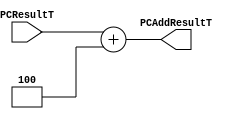
/*
* NAME-1: Yenumula Venkat Kumar 
* Rollno: 191CS263 
* Date of Writing: 26-03-2021 
*/


/* MODULE PC ADDER-
* Design an incrementor that computes the current  PC + 4 
* The result should always be an increment of the signal 'PCResult' by  4 (i.e., PCAddResult = PCResult + 4) */
module PCAdder(PCResultT, PCAddResultT);

    input [63:0]  PCResultT;
    output reg [63:0]  PCAddResultT;

    always @(PCResultT)
    begin
    	PCAddResultT <= PCResultT + 64'h0000000000000004;
    end
endmodule



/* PROGRAM COUNTER
* Design a program counter register that holds the current address of the  instruction memory
* This module should be updated at the positive edge of  the clock
* The contents of a register default to unknown values or 'X' upon  instantiation in your module
* Hence, please add a synchronous 'Reset'  signal to your PC register to enable global reset of your datapath to point 
* to the first instruction in your instruction memory */
module ProgramCounter(PCNextt, PCResultt, Resett, Clkk,PCWritee);
	input [63:0] PCNextt;
	input Resett, Clkk,PCWritee;
	output reg [63:0]  PCResultt;
	initial begin
		PCResultt <= 64'h0000000000000000;
	end
    always @(posedge Clkk)
    begin
    	if (Resett == 1)
    	begin
    		PCResultt <= 64'h0000000000000000;
    	end
    	else
    	begin
			if (PCWritee == 1) begin
				PCResultt <= PCNextt;
			end
    	end
		//$display("PC=%h",PCResult);
    end
endmodule


/* INSTRUCTION MEMORY
* Similar to the DataMemory, this module should also be byte-addressed
* All of the instructions will be  hard-coded into the instruction memory */  
module InstructionMemory(Address, Instruction); 
    input [63:0] Address;        // Input Address 
    output [31:0] Instruction;    // Instruction at memory location Address  
    reg [31:0] mem[0:13];		  // we can replace 13 with 1024 when keep 1024 values in Code.txt
	initial
	begin
		/*THIS FILE CONTAINS THE LIST OF INSTRUCTION TO BE DECODED*/
		$readmemh("memory_instructions.txt",mem);

	end
	assign Instruction = mem[Address>>2];	
endmodule

/* Module - mux_2to1_64bit.v
* Description - Performs signal multiplexing between 2 32-Bit words */
module mux_2to1_64bit(out, inA, inB, sel);
    
    input [63:0] inA;
    input [63:0] inB;
    input sel;
    output [63:0] out;

	reg [63:0] out; 
	always@(inA,inB,sel)
	begin
		if (sel == 0) begin
			out <= inA;
		end
		else begin
			out <= inB;
		end
	end
	 
endmodule


/* FUNCTIONALITY
* Connect the modules together for a testbench 
* @@ The 'Reset' input control signal is connected to the program counter (PC) 
* register which initializes the unit to output the first instruction in  instruction memory
* @@ The 'Instruction' output port holds the output value from the instruction memory module
* @@ The 'Clk' input signal is connected to the program counter (PC) register 
* which generates a continuous clock pulse into the module */
module InstructionFetchUnit(Instruction, PCNow,PCNext4,Reset, Clk,NewPC,Jump,PCWrite);

	wire [63:0] PCAdderOut,PCNext,Instruction1,PCOut;
	input Reset,Clk,Jump,PCWrite;
	input [63:0] NewPC;
	output [63:0] PCNext4,PCNow;
	output [31:0] Instruction;

	PCAdder adder(PCOut,PCAdderOut);
	ProgramCounter PC(PCNext,PCOut,Reset,Clk,PCWrite);
	InstructionMemory mem(PCOut,Instruction);
	mux_2to1_64bit JumpOrPCNext4Mux(PCNext,PCAdderOut,NewPC,Jump); 

	assign PCNow = PCOut;
	assign PCNext4 = PCAdderOut;

endmodule